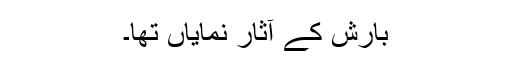
بارش کے آثار نمایاں تھا۔